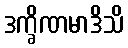
ဒက္ခိဏမာဒိသိ